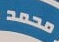
محمد